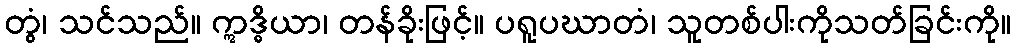
တွံ၊ သင်သည်။ ဣဒ္ဓိယာ၊ တန်ခိုးဖြင့်။ ပရူပဃာတံ၊ သူတစ်ပါးကိုသတ်ခြင်းကို။